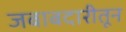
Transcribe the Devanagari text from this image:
जबाबदारीतून